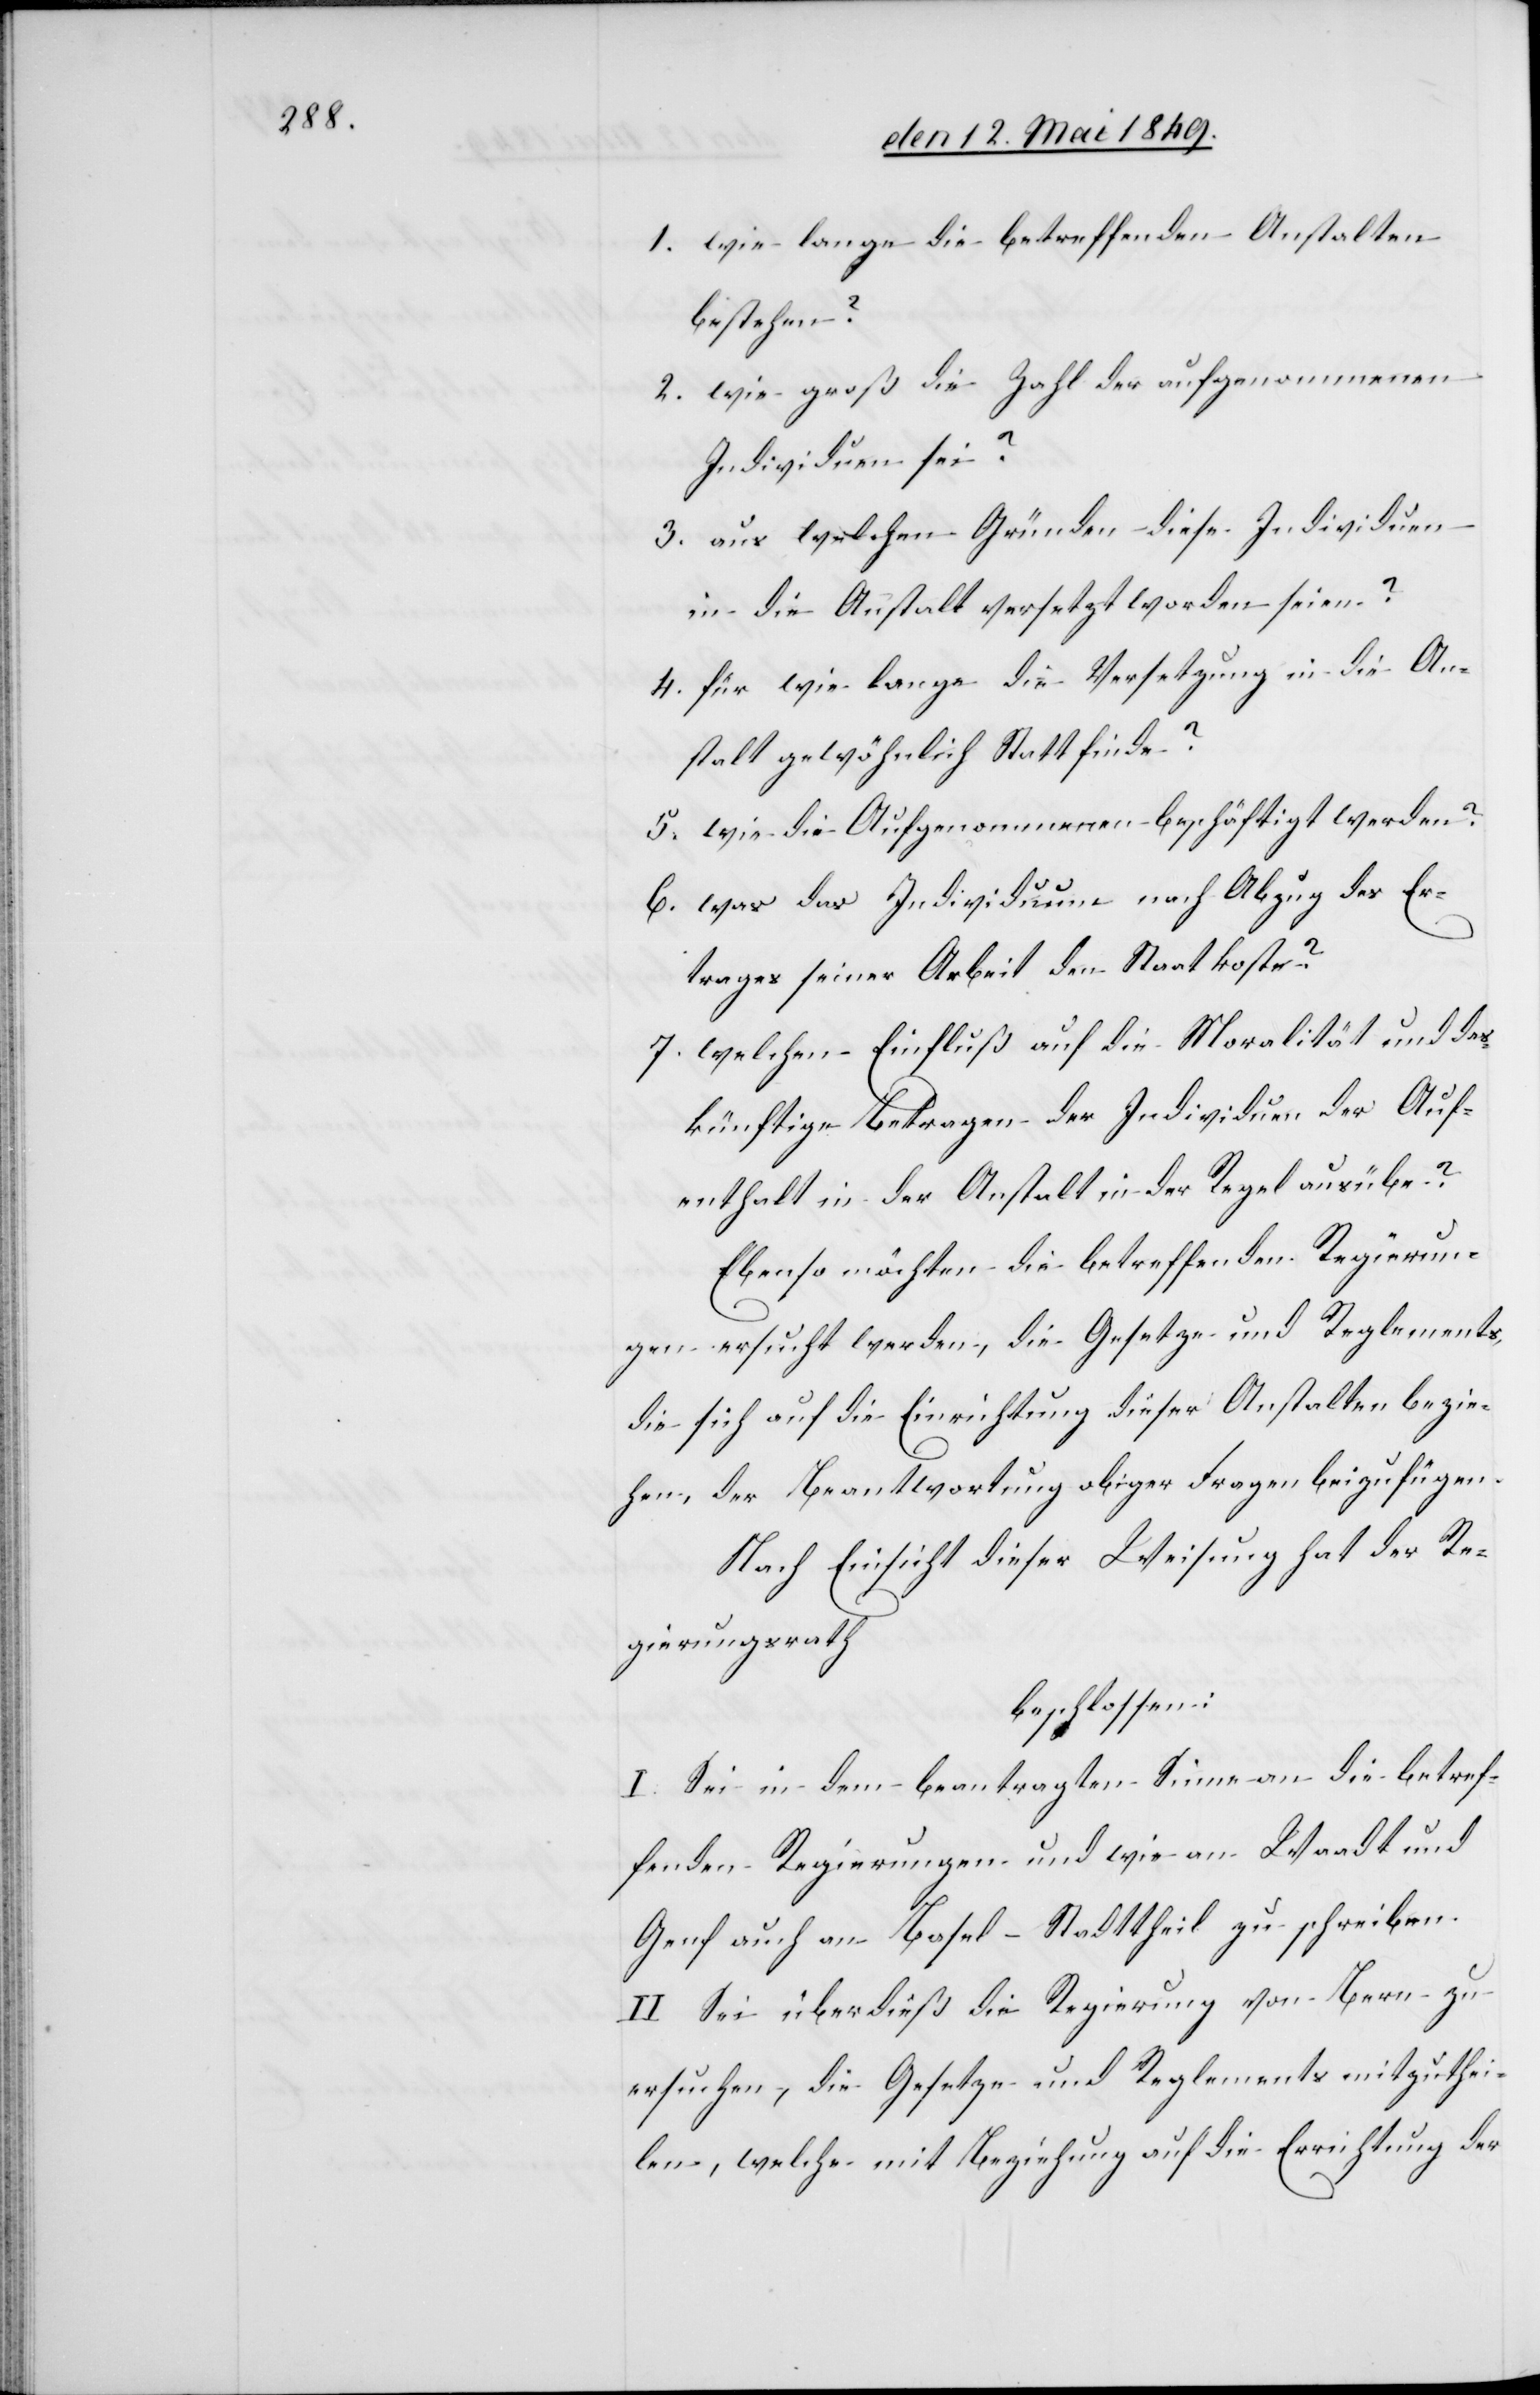
1. wie lange die betreffenden Anstalten
bestehen?
2. wie groß die Zahl der aufgenommenen
Individuen sei?
3. aus welchen Gründen diese Individuen
in die Anstalt versetzt worden seien?
4. für wie lange die Versetzung in die An¬
stalt gewöhnlich Statt finde?
5. wie die Aufgenommenen beschäftigt worden?
6. was das Individuum nach Abzug des Er¬
trages seiner Arbeit den Staat koste?
7. welchen Einfluß auf die Moralität und das
künftige Betragen der Individuen der Auf¬
enthalt in der Anstalt in der Regel ausübe?
Ebenso möchten die betreffenden Regierun¬
gen ersucht werden, die Gesetze und Reglements,
die sich auf die Einrichtung dieser Anstalten bezie¬
hen, der Beantwortung obiger Fragen beizufügen.
Nach Einsicht dieser Weisung hat der Re¬
gierungsrath
beschlossen:
I. Sei in dem beantragten Sinne an die betref¬
fenden Regierungen und wie an Waadt und
Genf auch an Basel-Stadttheil zu schreiben.
II. Sei überdieß die Regierung von Bern zu
ersuchen, die Gesetze und Reglements mitzuthei¬
len, welche mit Beziehung auf die Errichtung der